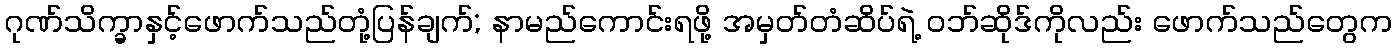
ဂုဏ်သိက္ခာနှင့်ဖောက်သည်တုံ့ပြန်ချက်; နာမည်ကောင်းရဖို့ အမှတ်တံဆိပ်ရဲ့ ဝဘ်ဆိုဒ်ကိုလည်း ဖောက်သည်တွေက